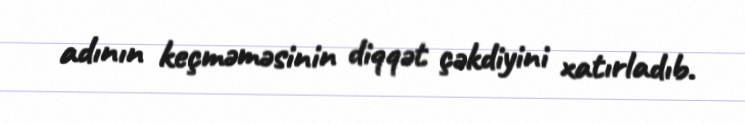
adının keçməməsinin diqqət çəkdiyini xatırladıb.